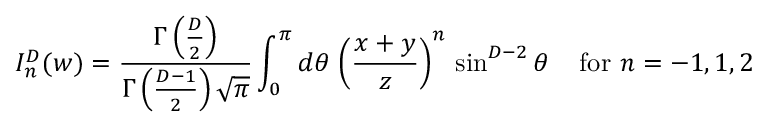
I _ { n } ^ { D } ( w ) = { \frac { \Gamma \left( { \frac { D } { 2 } } \right) } { \Gamma \left( { \frac { D - 1 } { 2 } } \right) \sqrt \pi } } \int _ { 0 } ^ { \pi } d \theta \, \left( { \frac { x + y } { z } } \right) ^ { n } \, \sin ^ { D - 2 } \theta \, \quad \mathrm { f o r ~ } n = - 1 , 1 , 2